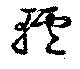
轤